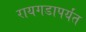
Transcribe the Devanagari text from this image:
रायगडापर्यंत